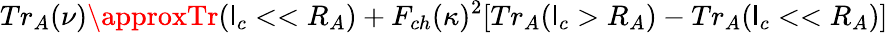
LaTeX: Tr_{A}(\nu)\approxTr(\mathsf{l}_{c}<<R_{A})+F_{ch}(\kappa)^{2}[Tr_{A}(\mathsf{l}_{c}>R_{A})-Tr_{A}(\mathsf{l}_{c}<<R_{A})]